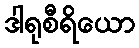
ဒါရုစီရိယော